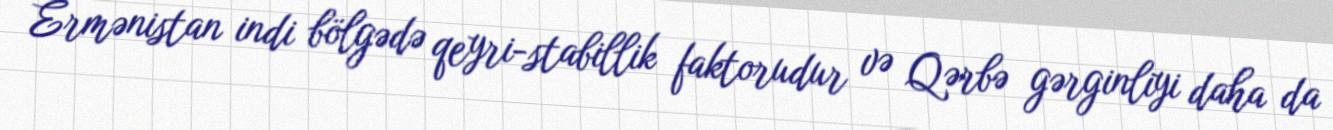
Ermənistan indi bölgədə qeyri-stabillik faktorudur və Qərbə gərginliyi daha da